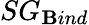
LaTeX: SG_{\mathbf{B}ind}